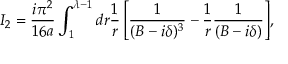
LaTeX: I _ { 2 } = { \frac { i \pi ^ { 2 } } { 1 6 a } } \int _ { 1 } ^ { \lambda - 1 } { d r { \frac { 1 } { r } } \left[ { \frac { 1 } { ( B - i \delta ) ^ { 3 } } } - { \frac { 1 } { r } } { \frac { 1 } { ( B - i \delta ) } } \right] } ,